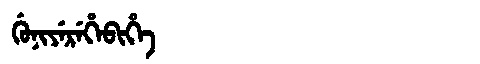
Manchu: ᡤᡠᠨᡳᠶᡝᡵᡝᡥᡝᠪᡳᡥᡝ
Romanization: GUNIYEREHEBIHE